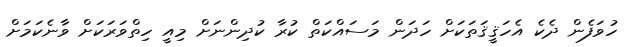
ހުވަފެން ދެކެ އެހަޤީޤަތަކަށް ހަދަން މަސައްކަތް ކުރާ ކުދިންނަށް މިއީ ހިތްވަރަކަށް ވާނެކަމަށް